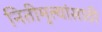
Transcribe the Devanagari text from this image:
नितीमुल्यांसाठी